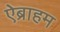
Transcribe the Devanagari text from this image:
ऐब्राहम